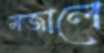
মজালে